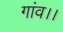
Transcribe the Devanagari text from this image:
गांव।।